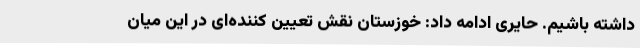
داشته باشیم. حایری ادامه داد: خوزستان نقش تعیین کننده‌ای در این میان